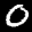
Label: 0